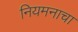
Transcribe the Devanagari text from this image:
नियमनाचा